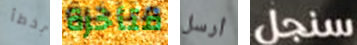
بخطأ متأخرة أرسل سنجل